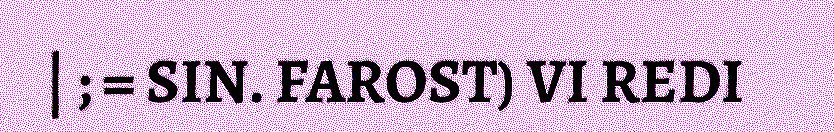
| ; = SIN. FAROST) VI REDI